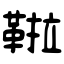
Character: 鞡